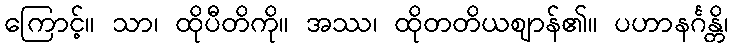
ကြောင့်။ သာ၊ ထိုပီတိကို။ အဿ၊ ထိုတတိယဈာန်၏။ ပဟာနင်္ဂန္တိ၊